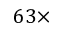
6 3 \times